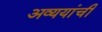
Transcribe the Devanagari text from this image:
अव्ययांची